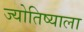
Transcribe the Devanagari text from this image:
ज्योतिष्याला